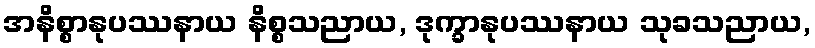
အနိစ္စာနုပဿနာယ နိစ္စသညာယ, ဒုက္ခာနုပဿနာယ သုခသညာယ,